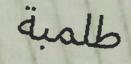
طلمبة